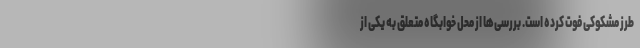
طرز مشکوکی فوت کرده است. بررسی‌ها از محل خوابگاه متعلق به یکی از